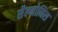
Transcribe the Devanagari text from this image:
सैल्मोनिस